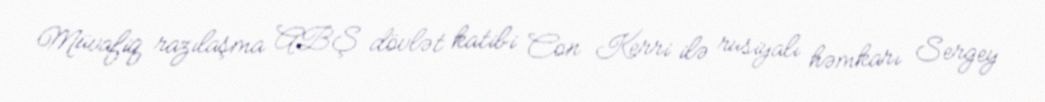
Müvafiq razılaşma ABŞ dövlət katibi Con Kerri ilə rusiyalı həmkarı Sergey